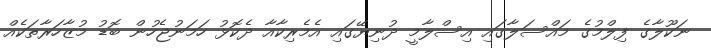
ނަކޫލާގެ ފިލްމުގެ މައްސަލާގައި އިސްލާމީ ދުނިޔޭގައި އެމެރިކާއާ ދެކޮޅު ހަމަނުޖެހުން ބޮޑު މުޒާހަރާތަކެއް